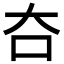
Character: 夻